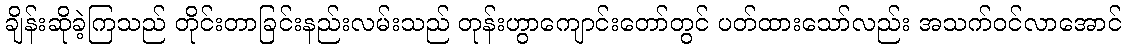
ချိန်းဆိုခဲ့ကြသည် တိုင်းတာခြင်းနည်းလမ်းသည် တုန်းဟွာကျောင်းတော်တွင် ပတ်ထားသော်လည်း အသက်ဝင်လာအောင်